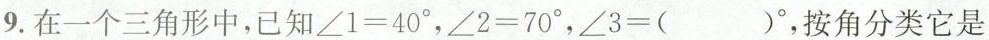
9.在一个三角形中，已知$$\angle 1=40^{\circ}$$，$$\angle 2=70^{\circ}$$，$$\angle3=( )^{\circ}$$，按角分类它是